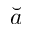
\breve { a }